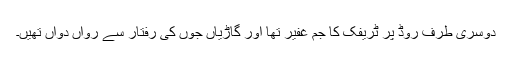
دوسری طرف روڈ پر ٹریفک کا جم غفیر تھا اور گاڑیاں جوں کی رفتار سے رواں دواں تھیں۔